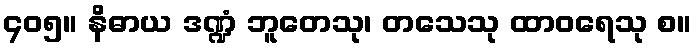
၄၀၅။ နိဓာယ ဒဏ္ဍံ ဘူတေသု၊ တသေသု ထာဝရေသု စ။